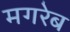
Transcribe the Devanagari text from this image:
मगरेब